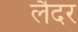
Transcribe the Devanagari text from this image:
लैदर